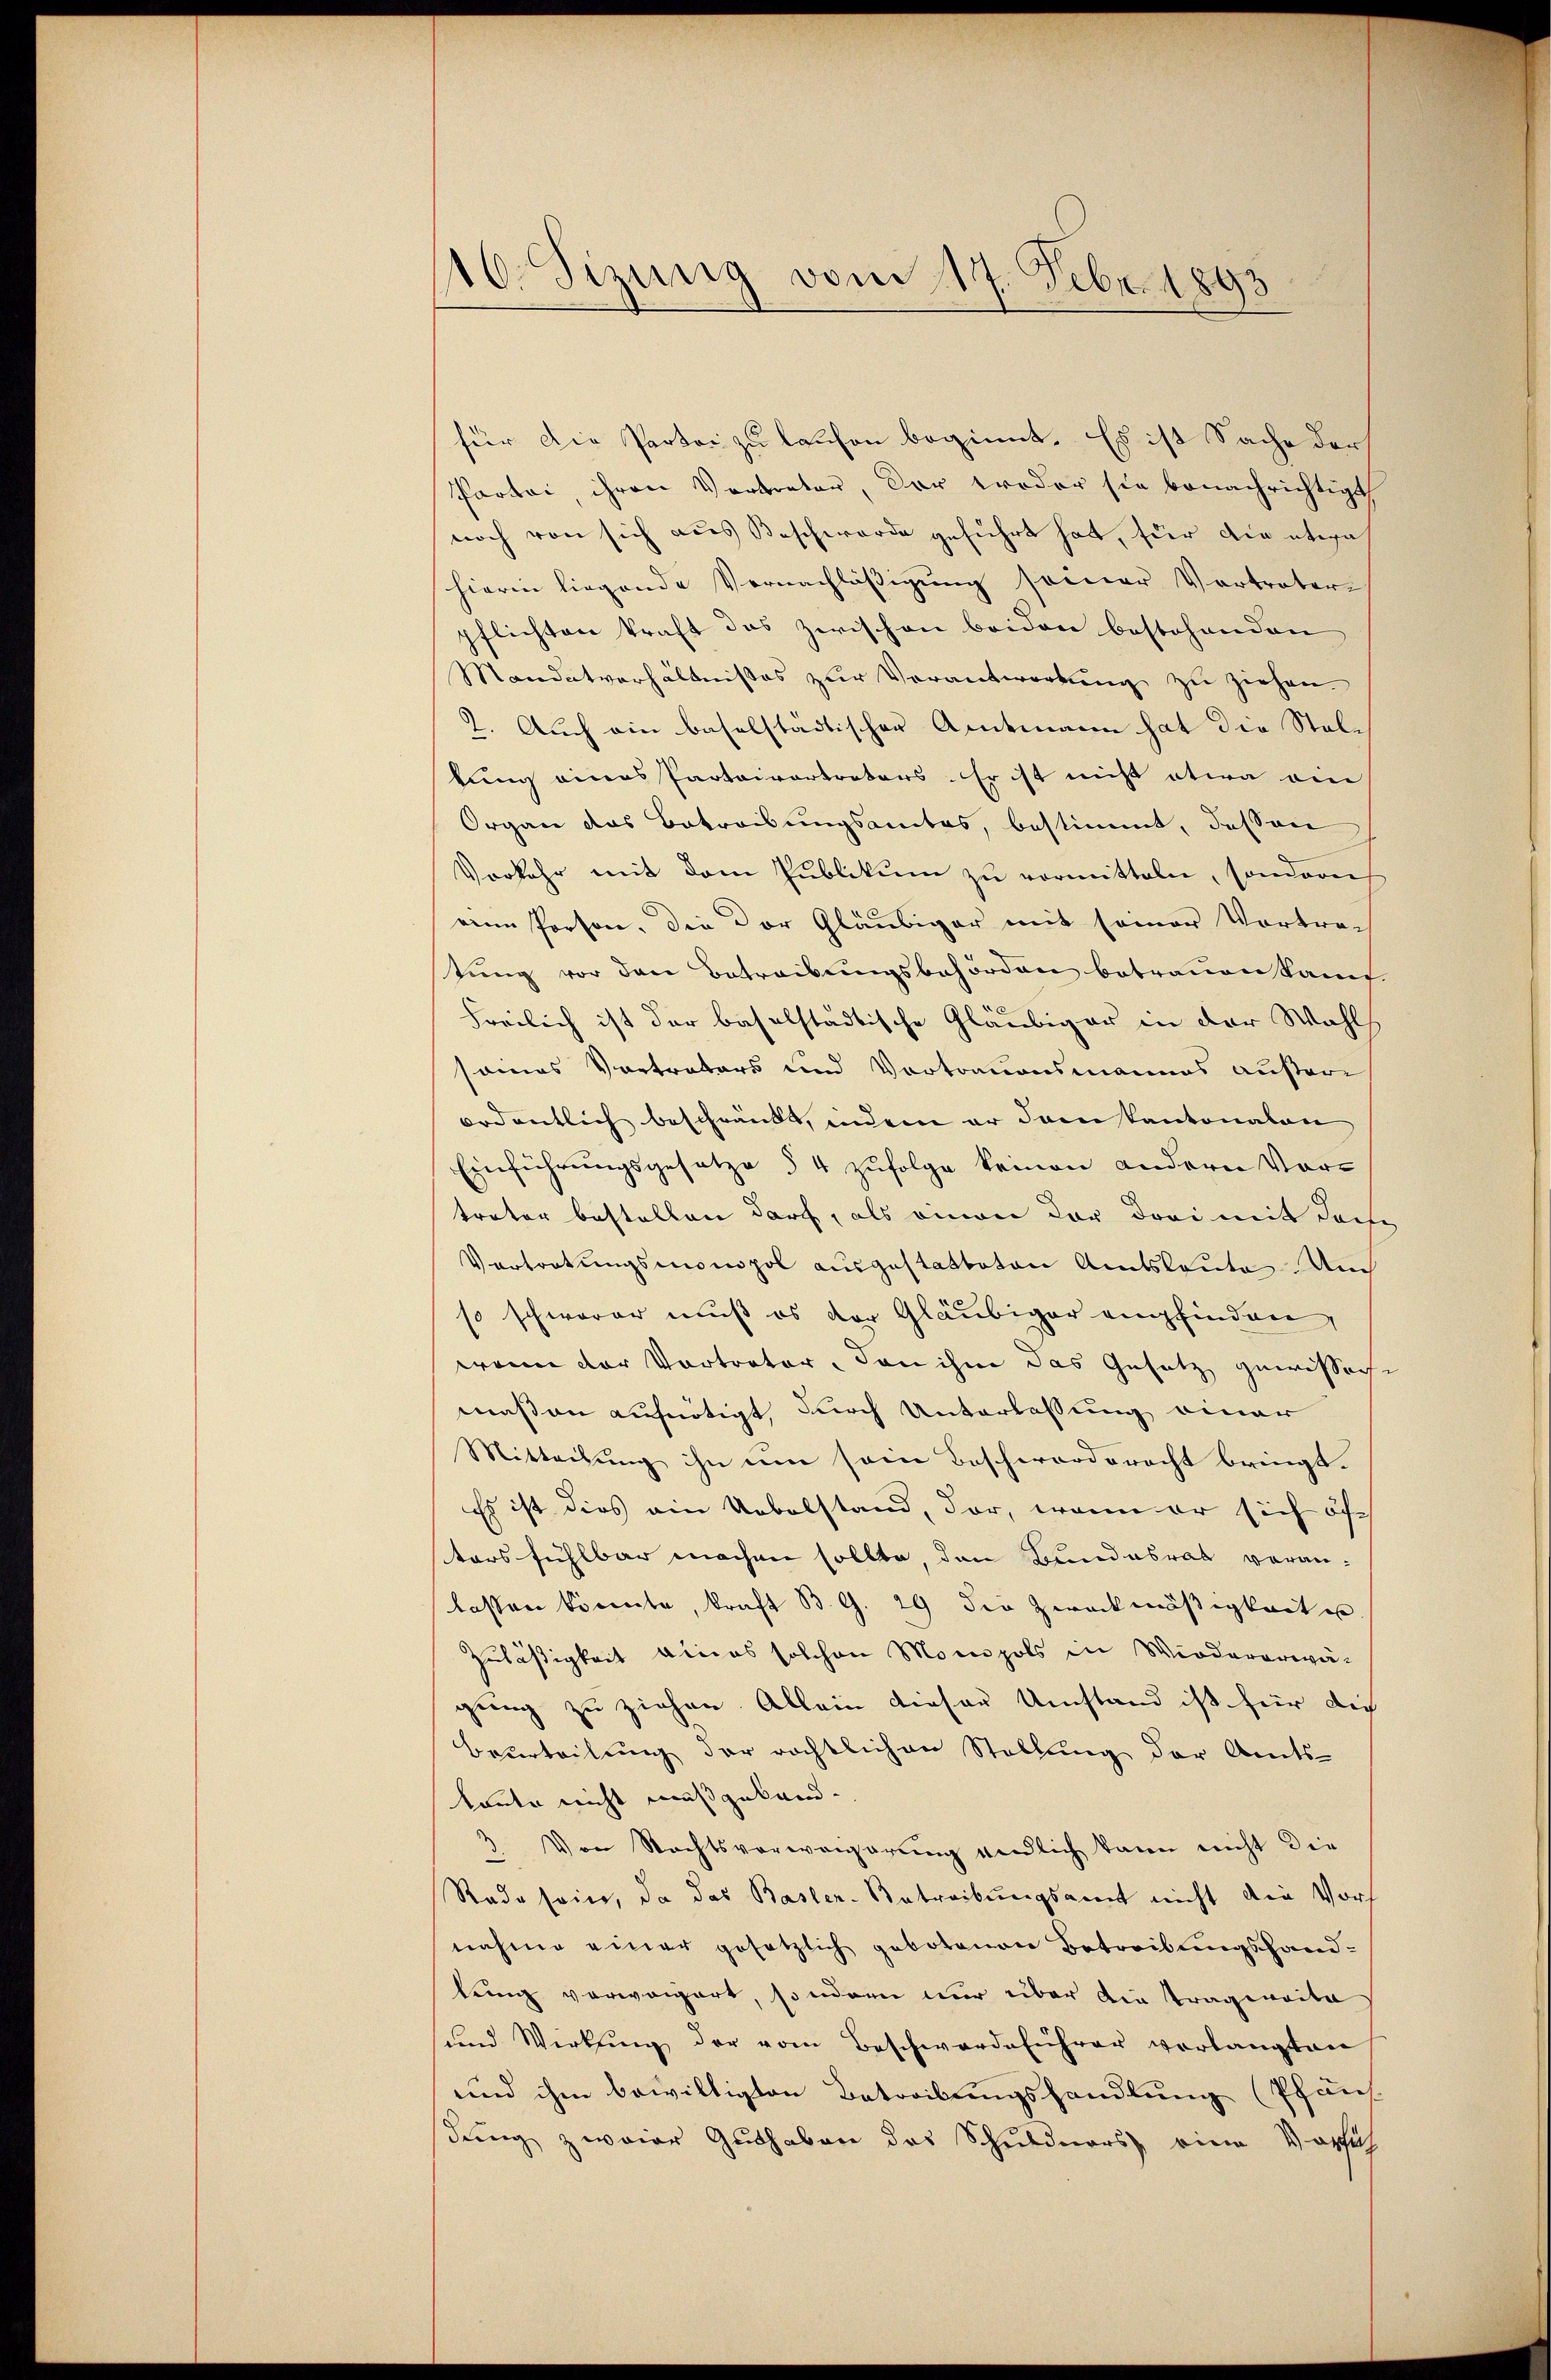
16. Sizung vom 17. Febr. 1893

für die Partei zu laufen beginnt. Es ist Sache der
Partei, ihren Vertreter, der troder sie benachrichtigt
noch von sich aus Beschwerde geführt hat, für die etwa
hierin liegende Vernachlässigung seiner Vortreter
pflichten kraft das zwischen beiden bestehenden
Mandatverhältnisses zŭr Verantwortŭng zŭ ziehen.
2. Auch ein baselstädtischer Amtmann hat die Steltung eines Parteivertreters. Er ist nicht etwa am
Organ das Betreibungsamtes, bestimmt, dessen
Vorkehr mit dem Publikum zu vormitteln, sondern
eine Person. Die Dor Gläubiger mit seiner Vortra-
tung vor den Betreibungsbehörden betrauen kann.
Freilich ist der baselstadtische Gläubiger in der Wahl
sames Vortreters und Vortrauensmannes außere
ordentlich beschränkt, indem er dem kantonalen
Einführungsgesetze § 4 zufolge keinen andern Vortreter bestellen darf, als einen der drei mit dass
Vertretŭngsmonopol ausgestatteten Amtsleute An
so schwerer muß es der Gläubiger empfinden,
wenn der Vortreter, dan ihm das Gesetz gewissach
maßen aufnötigt, durch Unterlassung einer
Mitteilung ihn um sein Beschworderacht bringt.
Es ist dies ein Uebelstand, dar, wenn er sich öfters fühlbar machen sollte, den Bundesrat voran-
lassen könnte, kraft B. G. 29 der Zweckmäßigkeit u
Zuläßigkeit eines solchen Monopols in Wiedererwä-
gung zu ziehen. Allein dieser Umstand ist für die
Beurteilung der richtlichen Stellung der Amts-
kaute nicht mußgeland.
3 Von Rechtsverweigerŭng endlich kann nicht die
Rade sein, da das Basler-Betreibungsamt nicht die Vorh
nahme einer gesetzlich gebotenen Betreibungshandlung verweigert, sondern nur über die Tragweite
und Wirkung der vom Beschwerdeführer verlangten
und ihm bewilligten Betreibungshandlung (Pfan
dung zwaiar Guthaben des Schuldners, eine Vorsich